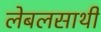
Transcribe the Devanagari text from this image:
लेबलसाथी